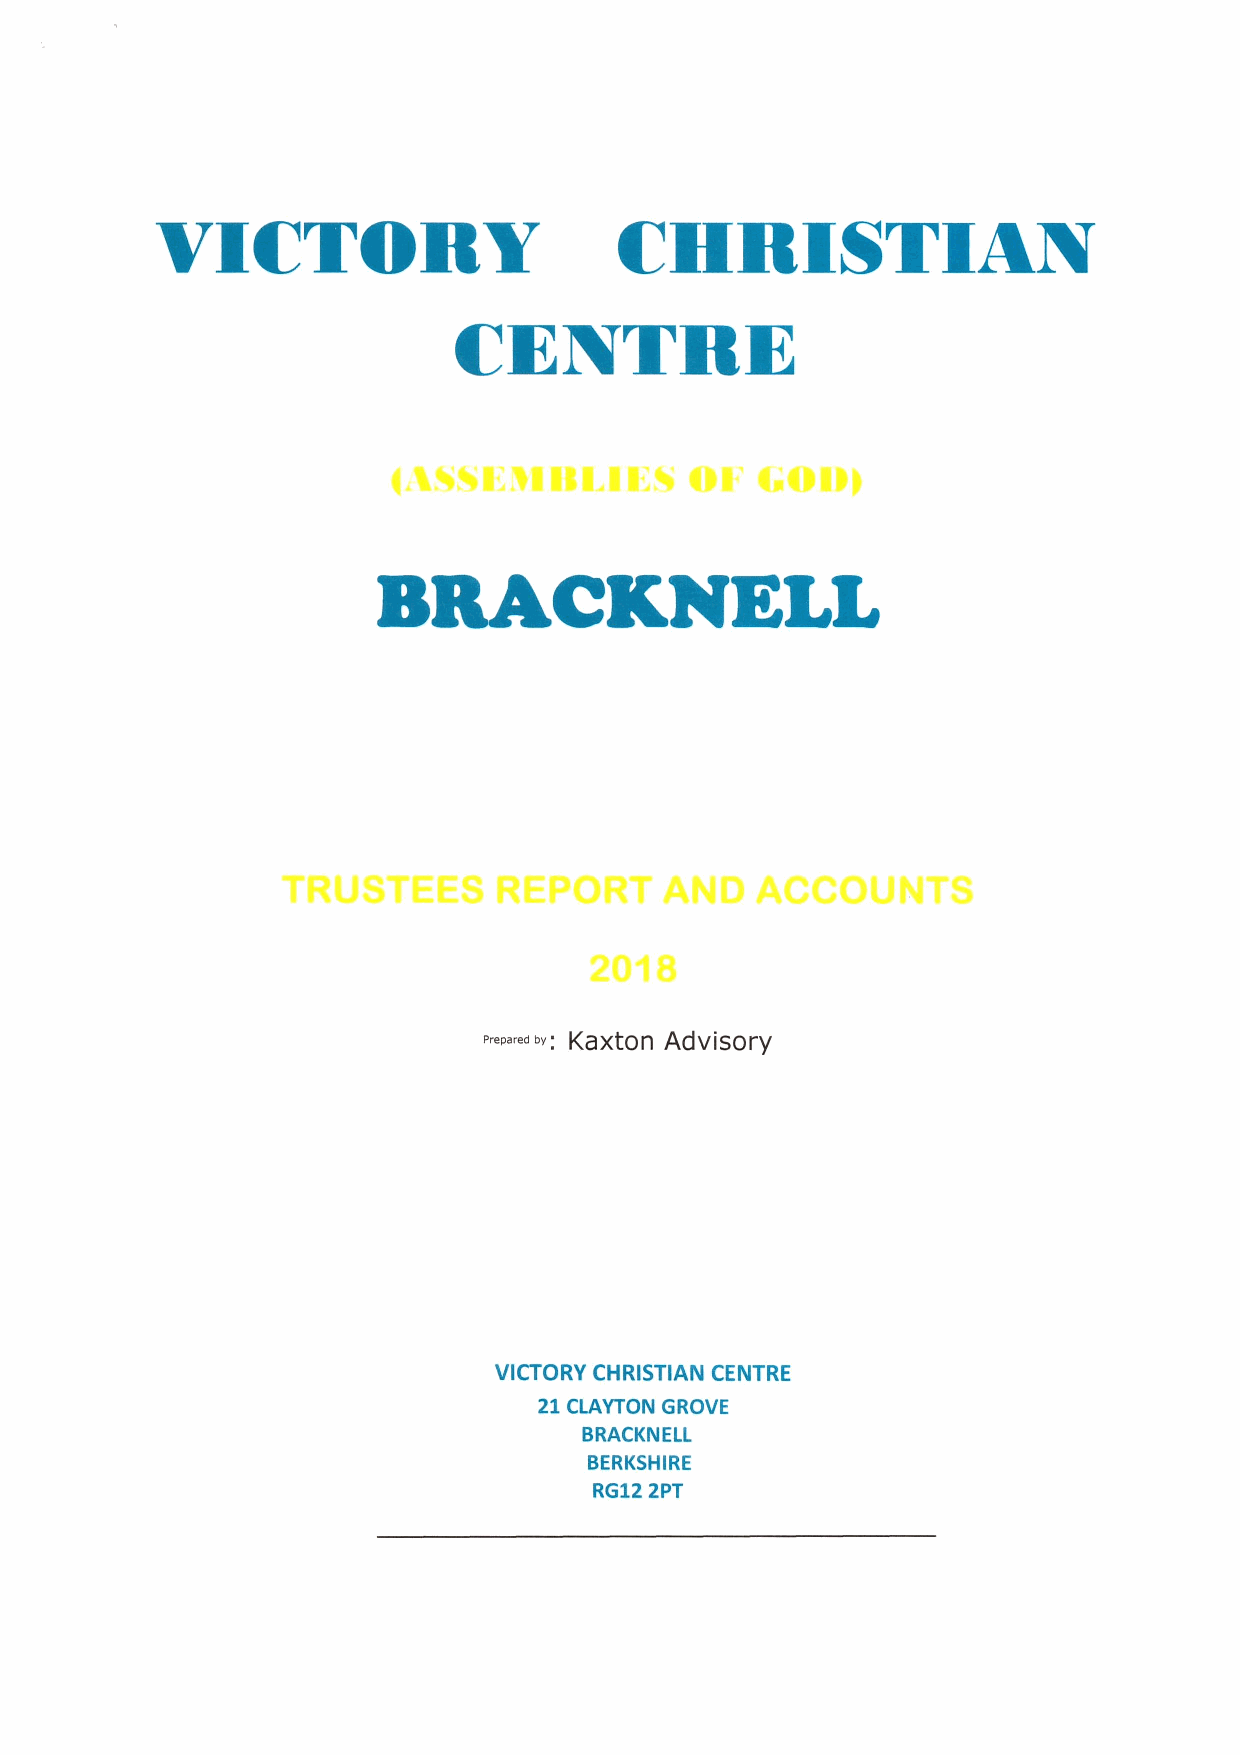
VICTORY                        CHRISTIAN
 CENTRE
 BRACKNELL
 "~-d»:
 Kaxton Advisory
 VICTORY CHRISTIAN CENTRE
 21CLAYTON GROVE
 BRACKNELL
 BERKSHIRE
 RG12 2PT